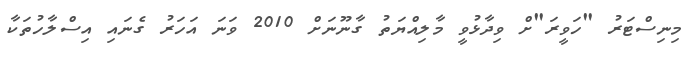
މިނިސްޓަރު "ހަވީރަ"ށް ވިދާޅުވީ މާލިއްޔަތު ގާނޫނަށް 2010 ވަނަ އަހަރު ގެނައި އިސްލާހުތަކާ